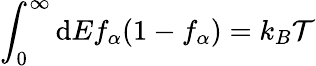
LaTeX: \int_{0}^{\infty}\mathrm{d}Ef_{\alpha}(1-f_{\alpha})=k_{B}\mathcal{{T}}